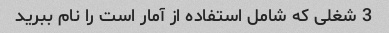
3 شغلی که شامل استفاده از آمار است را نام ببرید